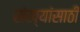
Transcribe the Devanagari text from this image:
संख्यांसाठी